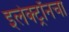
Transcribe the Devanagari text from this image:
इलेक्ट्रॉनचा